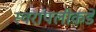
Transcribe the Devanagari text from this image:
स्वरांपलीकडे